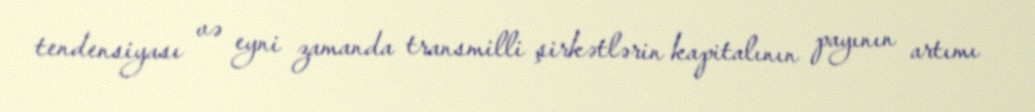
tendensiyası və eyni zamanda transmilli şirkətlərin kapitalının payının artımı